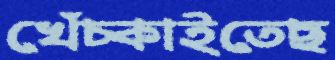
খেঁচ্‌কাইতেছ